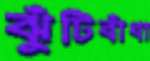
ঝুঁটিবাঁধা